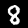
Digit: 8